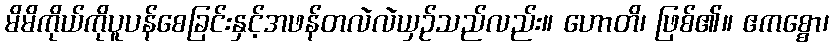
မိမိကိုယ်ကိုပူပန်စေခြင်းနှင့်အဖန်တလဲလဲယှဉ်သည်လည်း။ ဟောတိ၊ ဖြစ်၏။ ဧကစ္စော၊